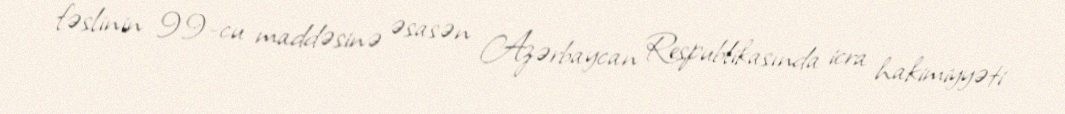
fəslinin 99-cu maddəsinə əsasən Azərbaycan Respublikasında icra hakimiyyəti